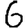
Digit: 6